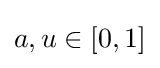
a,u\in [0,1]